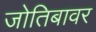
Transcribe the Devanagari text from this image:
जोतिबावर